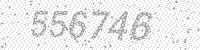
Solution: 556746